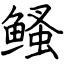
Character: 鳋